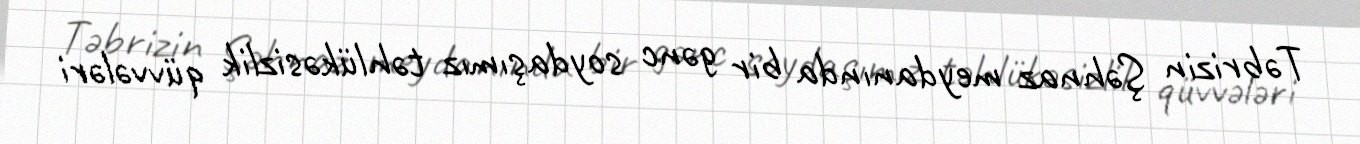
Təbrizin Şəhnaz meydanında bir gənc soydaşımız təhlükəsizlik qüvvələri